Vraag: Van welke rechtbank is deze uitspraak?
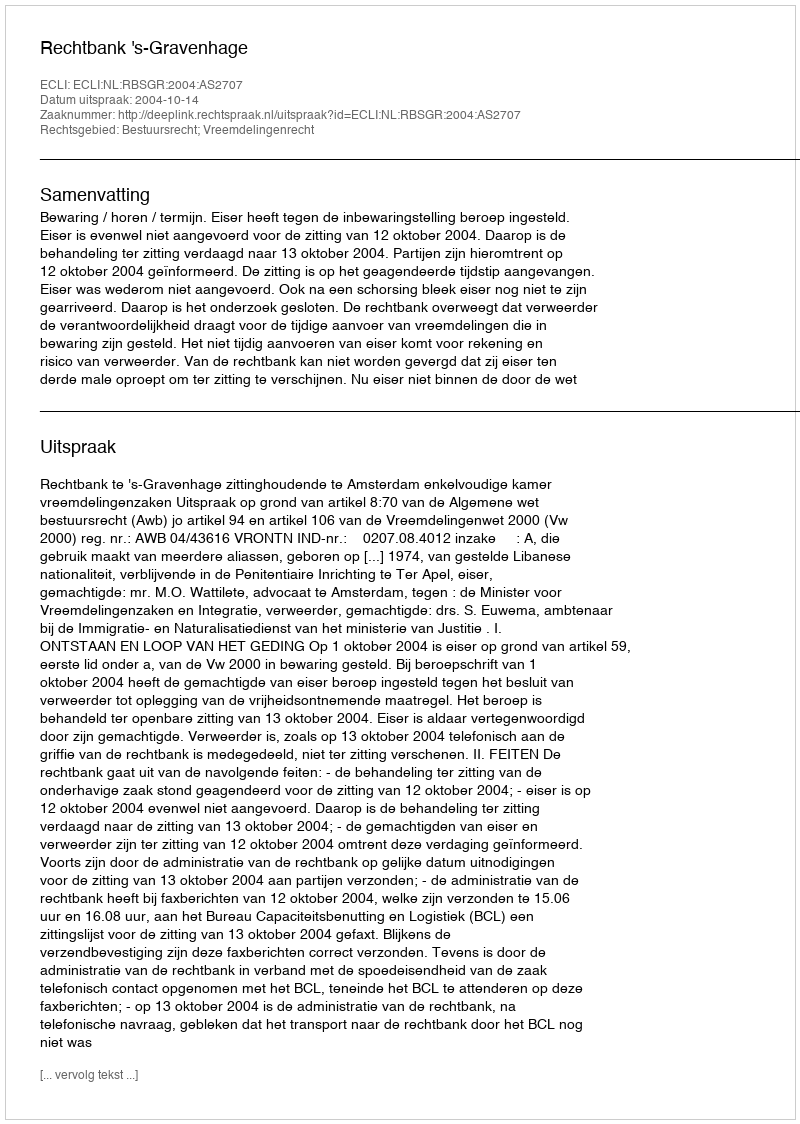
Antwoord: Rechtbank 's-Gravenhage